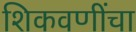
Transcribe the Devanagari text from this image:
शिकवणींचा